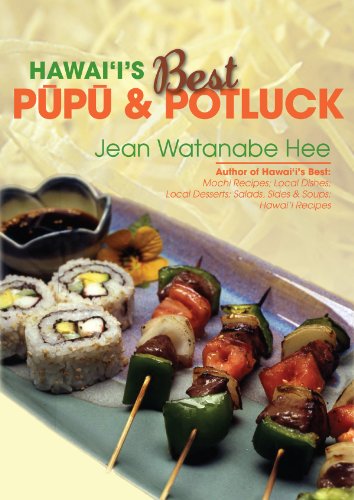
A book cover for Hawaii's Best Pupu & Potluck; Jean Watanabe Hee; Cookbooks, Food & Wine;